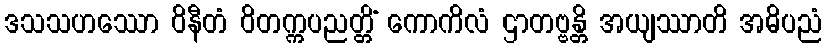
ဒသသဟဿော ဝိနီတံ ဝိတက္ကပညတ္တိံ ကောကိလံ ဌာတဗ္ဗန္တိ အယျဿာတိ အဓိပညံ